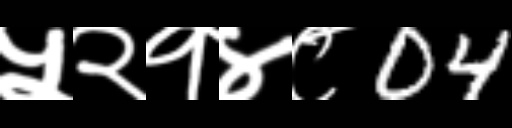
Text: ५२१४८04